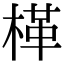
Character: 㮖